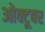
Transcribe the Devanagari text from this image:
ओक्टूबर